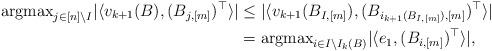
LaTeX: \begin{align*}{\rm argmax}_{j \in [n]\backslash I}| \langle v_{k+1}(B), (B_{j,[m]})^\top\rangle| &\le|\langle v_{k+1}(B_{I,[m]}), (B_{i_{k+1}(B_{I,[m]}),[m]})^\top \rangle |\\&={\rm argmax}_{i \in I\backslash I_{k}(B)} |\langle e_1, (B_{i,[m]})^\top\rangle|,\end{align*}